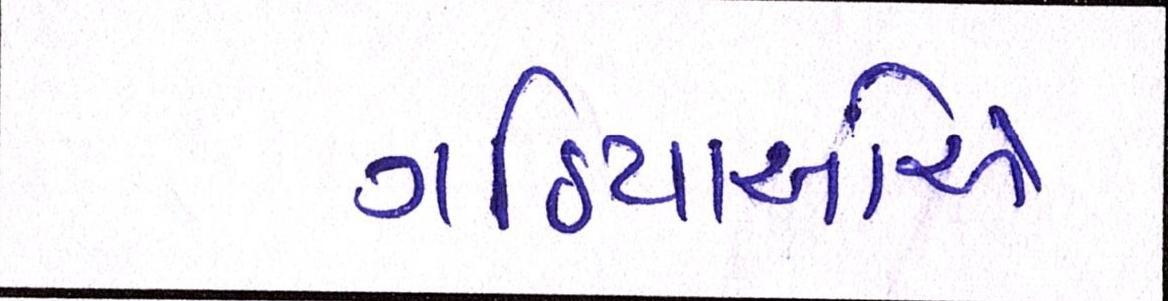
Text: ગઠિયાઓએ